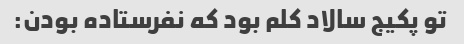
تو پکیج سالاد کلم بود که نفرستاده بودن: